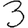
Digit: 3